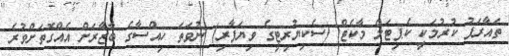
ތައާރަފު ކުރުމަކީ ކެޕިޓަލް މާކެޓް (ސެކިޔުރިޓީގެ ވިޔަފާރި) ނުވަތަ ހިއްސާގެ ބާޒާރަށް އެއްގޮތަށްވުރެ